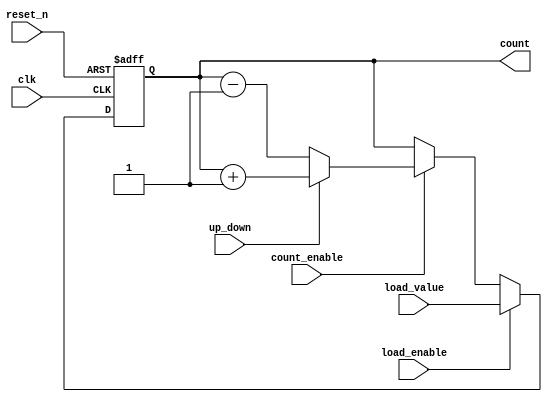
module async_load_counter (
    input wire clk,          // Clock signal
    input wire reset_n,     // Asynchronous active-low reset
    input wire load_enable,  // Load enable signal
    input wire count_enable, // Count enable signal
    input wire up_down,      // Count direction: 1 for up, 0 for down
    input wire [3:0] load_value, // Value to load
    output reg [3:0] count   // 4-bit counter output
);

// Asynchronous reset functionality
always @(posedge clk or negedge reset_n) begin
    if (!reset_n) begin
        count <= 4'b0000; // Reset counter to 0
    end else if (load_enable) begin
        count <= load_value; // Load new value asynchronously
    end else if (count_enable) begin
        if (up_down) begin
            count <= count + 1; // Increment count
        end else begin
            count <= count - 1; // Decrement count
        end
    end
end

endmodule